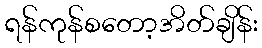
ရန်ကုန်စတော့အိတ်ချိန်း